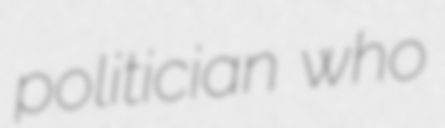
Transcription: politician who